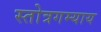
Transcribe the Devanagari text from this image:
स्तोत्रगम्याय